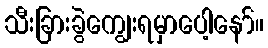
သီးခြားခွဲကျွေးရမှာပေါ့နော်။